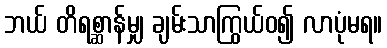
ဘယ် တိရစ္ဆာန်မျှ ချမ်းသာကြွယ်ဝ၍ လာပုံမရ။